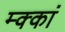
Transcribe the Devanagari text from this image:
म्क्कां